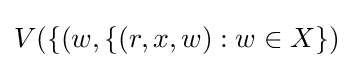
V(\{(w,\{(r,x,w):w\in X\})